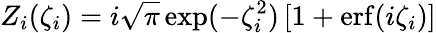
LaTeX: Z_{i}(\zeta_{i})=i\sqrt{\pi}\exp(-\zeta_{i}^{2})\left[1+\mathrm{erf}(i\zeta_{i})\right]